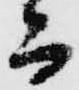
而